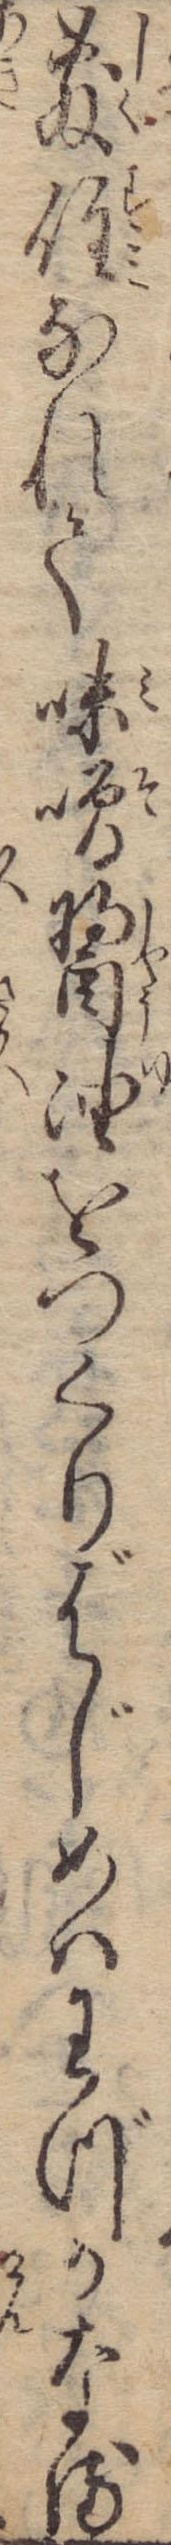
敷住なれて味噌醤油をつくりはじめはわづかなる